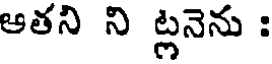
ఆతని ని ట్లనెను :